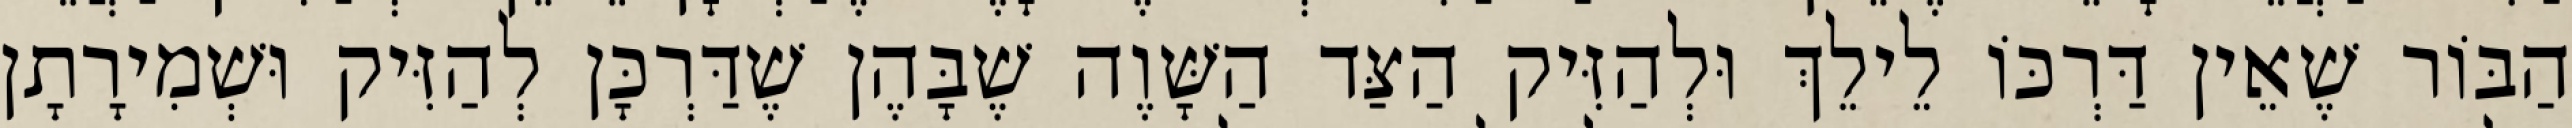
הַבּוֹר שֶׁאֵין דַּרְכּוֹ לֵילֵךְ וּלְהַזִּיק הַצַּד הַשָּׁוֶה שֶׁבָּהֶן שֶׁדַּרְכָּן לְהַזִּיק וּשְׁמִירָתָן